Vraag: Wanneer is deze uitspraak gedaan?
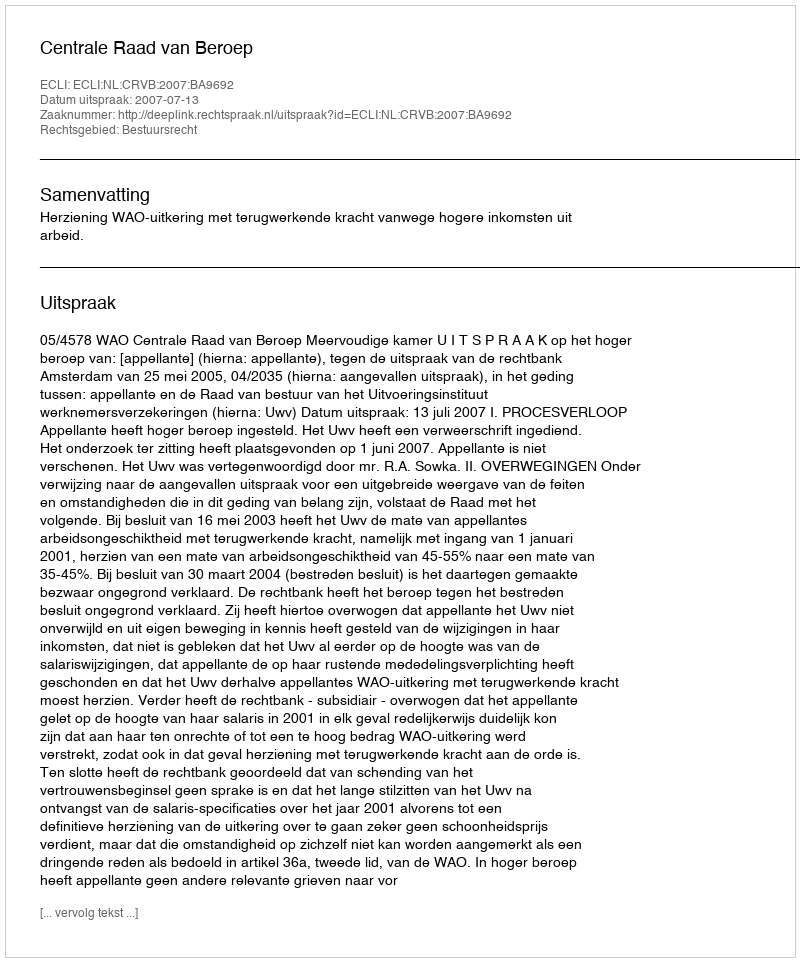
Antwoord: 2007-07-13